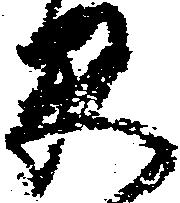
早